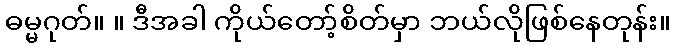
ဓမ္မဂုတ်။ ။ ဒီအခါ ကိုယ်တော့်စိတ်မှာ ဘယ်လိုဖြစ်နေတုန်း။